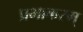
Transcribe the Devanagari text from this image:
प्रभाकरम्